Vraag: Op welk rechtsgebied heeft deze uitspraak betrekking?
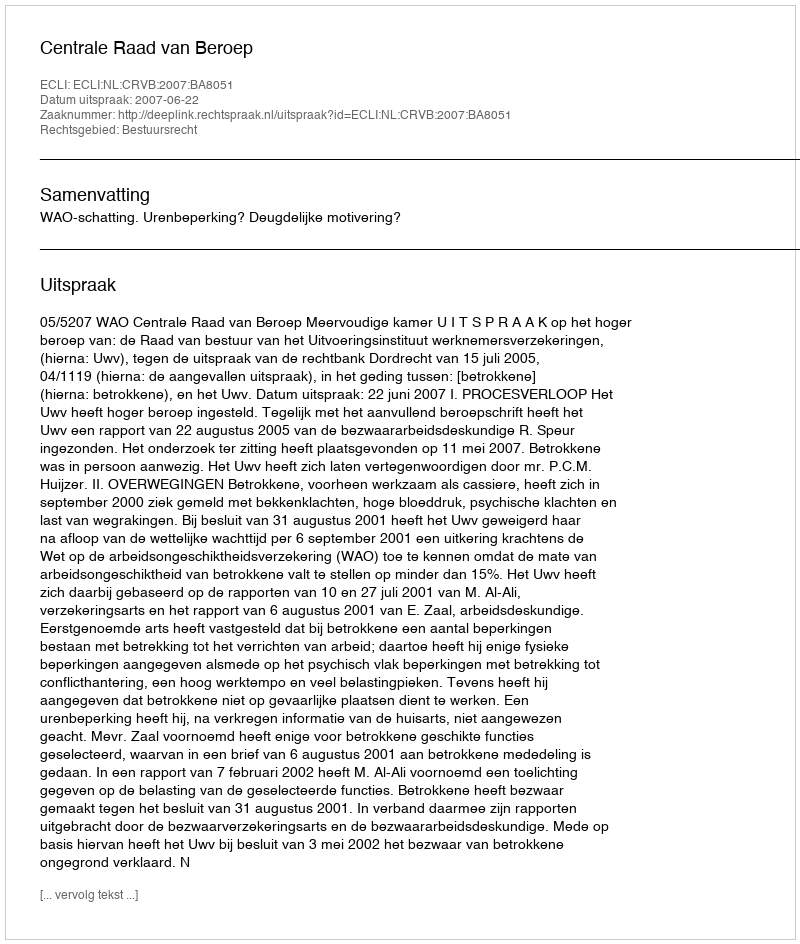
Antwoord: Bestuursrecht